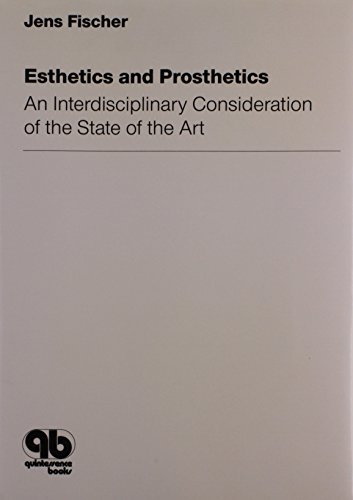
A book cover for Esthetics and Prosthetics: An Interdisciplinary Consideration of the State of the Art; Medical Books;